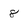
Character: 8